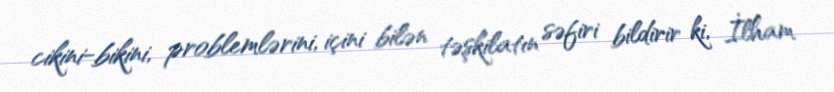
cikini-bikini, problemlərini, içini bilən təşkilatın səfiri bildirir ki, İlham